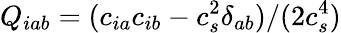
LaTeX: Q_{iab}=(c_{ia}c_{ib}-c_{s}^{2}\delta_{ab})/(2c_{s}^{4})